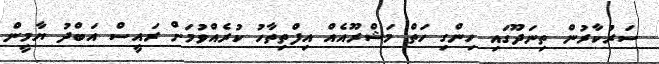
ސަރުކާރުން ތިނަދޫގައި ހިންގި ހަތް މަޝްރޫއެއް އިފްތިތާހު ކުރެއްވުމަށް ރައީސް އަބްދު ޔާމީން